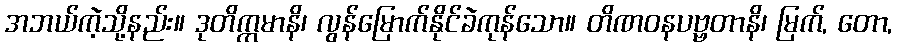
အဘယ်ကဲ့သို့နည်း။ ဒုတိက္ကမာနိ၊ လွန်မြောက်နိုင်ခဲကုန်သော။ တိဏဝနပဗ္ဗတာနိ၊ မြက်, တော,